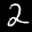
Label: 2